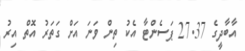
އާބާދީގެ 27.37 ޕަސެންޓާ އެކު ތިން ވަނަ އަށް ގަތަރު އޮތް އިރު